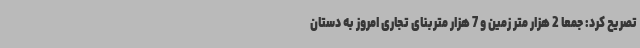
تصریح کرد: جمعا 2 هزار متر زمین و 7 هزار متربنای تجاری امروز به دستان